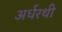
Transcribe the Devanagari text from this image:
अर्धरथी